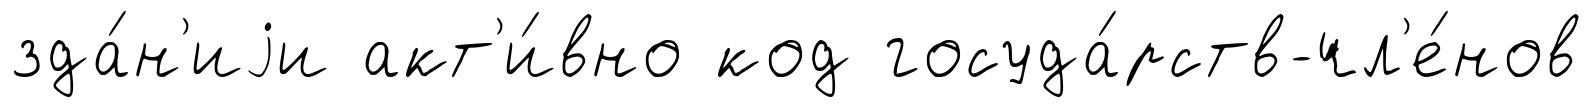
зда́н'иjи акт'и́вно код госуда́рств-чл'е́нов